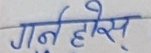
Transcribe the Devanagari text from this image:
गर्नेहोस